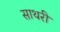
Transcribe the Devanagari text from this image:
साथरी